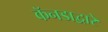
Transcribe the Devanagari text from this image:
कॅनडाद्वारे